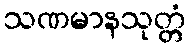
သဏမာနသုတ္တံ